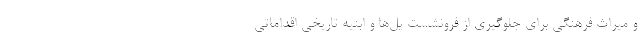
و میراث فرهنگی برای جلوگیری از فرونشست پل‌ها و ابنیه تاریخی اقداماتی